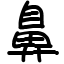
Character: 鼻